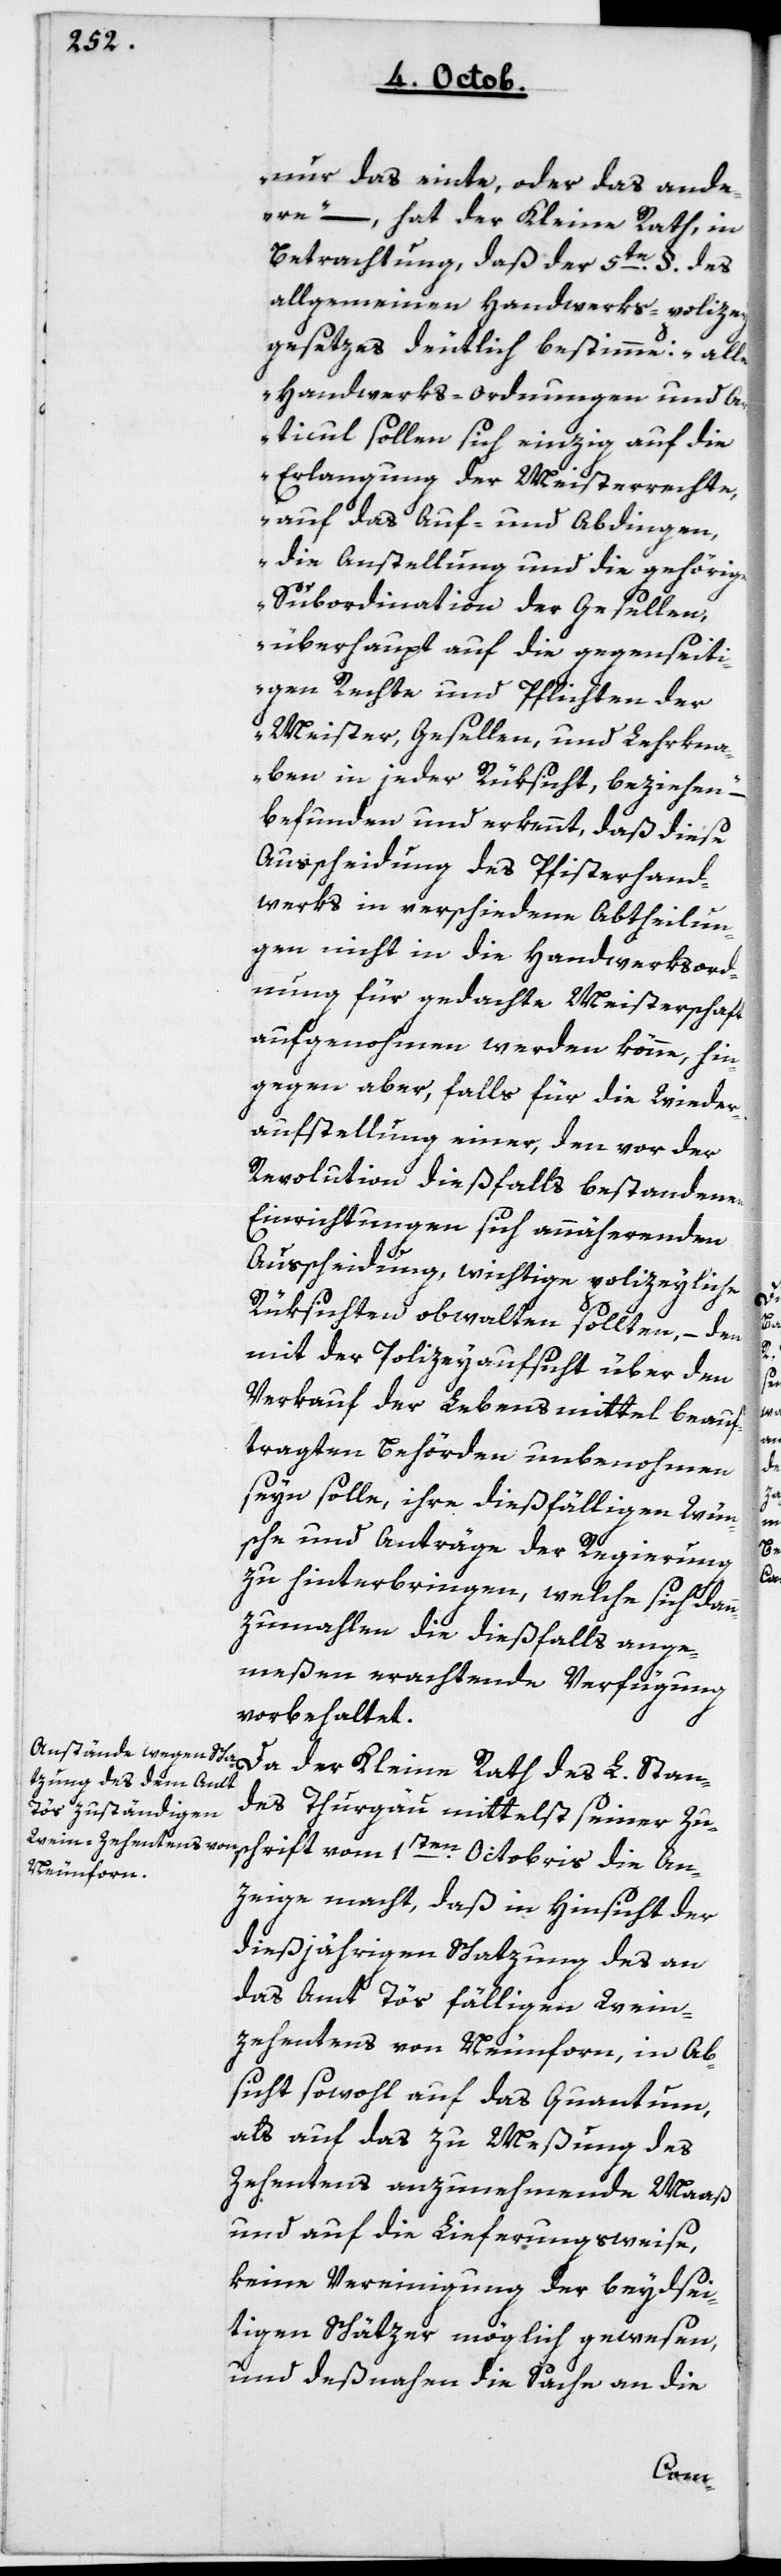
nur das einte oder das ande¬
re“, – hat der Kleine Rath in
Betrachtung, daß der 5te § des
allgemeinen Handwerks-policey¬
gesetzes deutlich bestimme: „Alle
Handwerks-Ordnungen und A¬
rticul sollen sich einzig auf die
Erlangung der Meisterrechte,
auf das Auf- und Abdingen,
die Anstellung und die gehörige
Subordination der Gesellen,
überhaupt auf die gegenseit¬
igen Rechte und Pflichten der
Meister, Gesellen und Lehrkna¬
ben in jeder Rüksicht, beziehen,
befunden und erkennt, daß diese
Ausscheidung des Pfisterhand¬
werks in verschiedene Abtheilun¬
gen nicht in die Handwerksord¬
nung für gedachte Meisterschaft
aufgenommen werden könne, hin¬
gegen aber, falls für die Wieder¬
aufstellung einer, den vor der
Revolution dießfalls bestandenen
Einrichtungen sich annäherenden
Ausscheidung, wichtige policeyliche
Rüksichten obwalten sollten, – den
mit der Policeyaufsicht über den
Verkauf der Lebensmittel beauf¬
tragten Behörden unbenommen
sein solle, ihre dießfälligen Wün¬
sche und Anträge der Regierung
zu hinterbringen, welche sich dann
zumahlen die dießfalls ange¬
meßen erachtende Verfügung
vorbehaltet.
Da der Kleine Rath des lobl. Stan¬
des Thurgau mittelst seiner Zu¬
zeige macht, daß in Hinsicht der
dießjährigen Schazung des an
das Amt Töß fälligen Wein-Z¬
ehentens von Neunforn, in Ab¬
sicht sowohl auf das Quantum
als auf das zu Meßung des
Zehentens anzunehmende Maß
und auf die Lieferungsweise,
keine Vereinigung der beydsei¬
tigen Schätzer möglich gewesen,
und desnahen die Sache an die
An¬